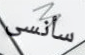
سأنسى